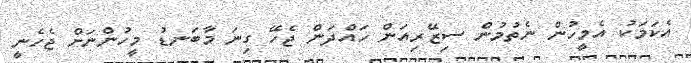
އެކަމަކު އެމީހުން ނެތުމުން ސިޒޭރިއަން ހައްދަން ޖެހޭ ގިނަ މާބަނޑު މީހުންނަށް ޖެހެނީ